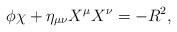
\begin{align*}\phi\chi+\eta_{\mu\nu}X^\mu X^\nu=-R^2,\end{align*}